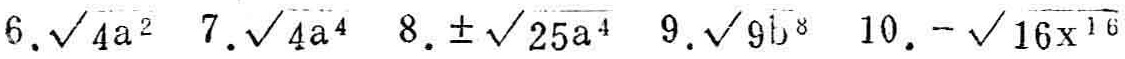
$6.\sqrt{4a^{2}}\quad 7.\sqrt{4a^{4}}\quad 8.\pm\sqrt{25a^{4}}\quad 9.\sqrt{9b^{8}}\quad 10.-\sqrt{16x^{16}}$